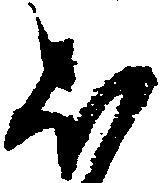
ほ